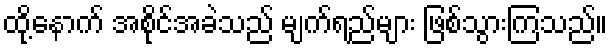
ထို့နောက် အစိုင်အခဲသည် မျက်ရည်များ ဖြစ်သွားကြသည်။